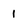
Character: 1